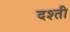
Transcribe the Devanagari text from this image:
दश्ती